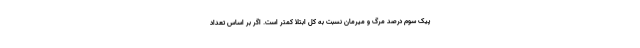
پیک سوم درصد مرگ و میرمان نسبت به کل ابتلا کمتر است. اگر بر اساس تعداد